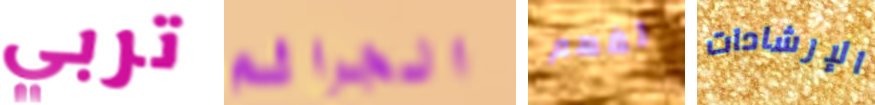
تربي الجرائم لفهم الإرشادات